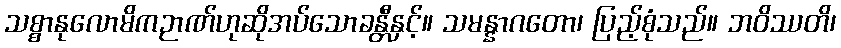
သစ္စာနုလောမိကဉာဏ်ဟုဆိုအပ်သောခန္တီနှင့်။ သမန္နာဂတော၊ ပြည့်စုံသည်။ ဘဝိဿတိ၊